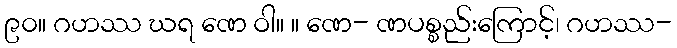
၉၀။ ဂဟဿ ဃရ ဏေ ဝါ။ ။ ဏေ- ဏပစ္စည်းကြောင့်၊ ဂဟဿ-